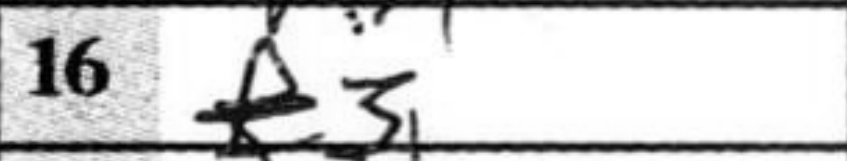
Transcription: f3